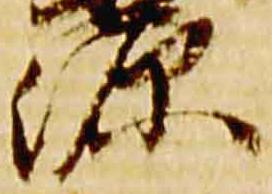
源